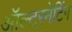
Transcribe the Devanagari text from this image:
ऑल्टरनेटिंग